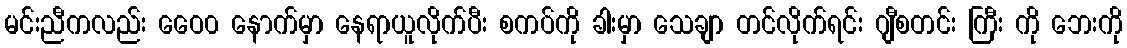
မင်းညီကလည်း ဝေေ၀ နောက်မှာ နေရာယူလိုက်ပီး စကပ်ကို ခါးမှာ သေချာ တင်လိုက်ရင်း ဂျီစတင်း ကြီး ကို ဘေးကို